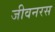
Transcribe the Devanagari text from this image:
जीवनरस